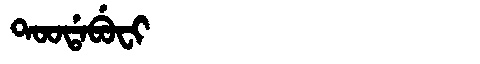
Manchu: ᡨᠣᠣᡩᠠᠪᡠᠸᡳ
Romanization: TOODABUFI